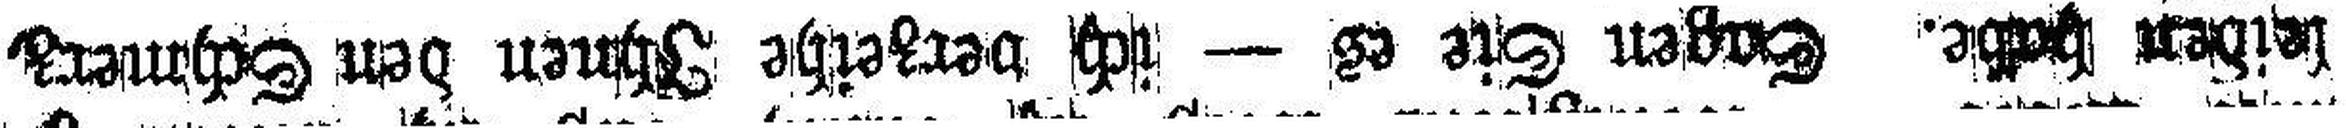
leiden habe. Sagen Sie es — ich verzeihe Ihnen den Schmerz,